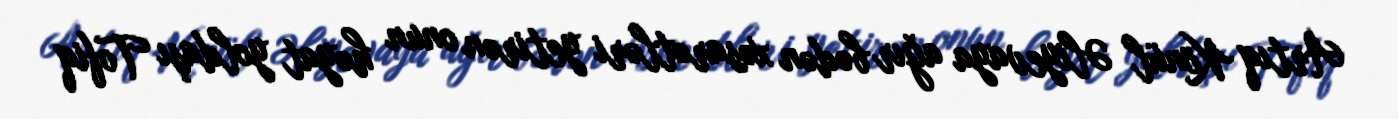
Artıq Könül Əliyevaya ağır bədən xəsarətləri yetirən onun həyat yoldaşı Tofiq